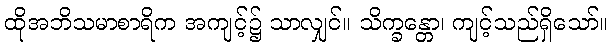
ထိုအဘိသမာစာရိက အကျင့်၌ သာလျှင်။ သိက္ခန္တော၊ ကျင့်သည်ရှိသော်။